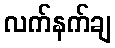
လက်နက်ချ